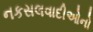
નકસલવાદીઓનો